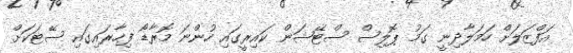
އަފްޒަލަށް ހަމަލާދިނީ ގަމު ޕޮލިސް ސްޓޭޝަން ކައިރީގައި ހުންނަ މޮރާޑޯ ފިހާރައިގައި ސޭޓަކަށް